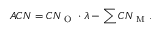
A C N = C N _ { \mathrm { ~ O ~ } } \cdot \lambda - \sum C N _ { \mathrm { ~ M ~ } } .